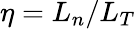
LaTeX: \eta=L_{n}/L_{T}